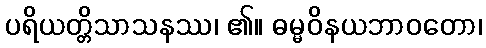
ပရိယတ္တိသာသနဿ၊ ၏။ ဓမ္မဝိနယဘာဝတော၊